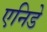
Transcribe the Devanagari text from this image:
एनिडे